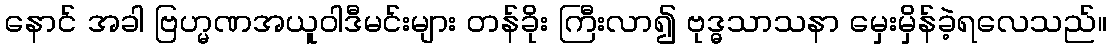
နောင် အခါ ဗြဟ္မဏအယူဝါဒီမင်းများ တန်ခိုး ကြီးလာ၍ ဗုဒ္ဓသာသနာ မှေးမှိန်ခဲ့ရလေသည်။